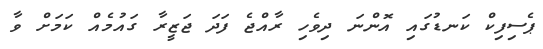
ޕެސިފިކް ކަނޑުގައި އޮންނަ ދިވެހި ރާއްޖެ ފަދަ ޖަޒީރާ ގައުމެއް ކަމަށް ވާ